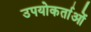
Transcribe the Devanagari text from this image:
उपयोकर्ताओं